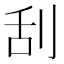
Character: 刮